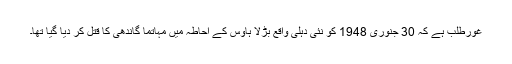
غورطلب ہے کہ 30 جنوری 1948 کو نئی دہلی واقع بڑلا ہاوس کے احاطہ میں مہاتما گاندھی کا قتل کر دیا گیا تھا۔